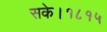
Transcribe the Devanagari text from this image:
सके।१८१५